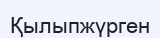
Қылыпжүрген